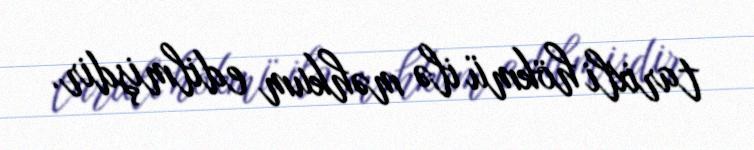
tarixli hökmü ilə məhkum edilmişdir.